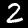
Label: 2